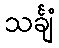
သင်္ချံ